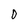
Character: 0